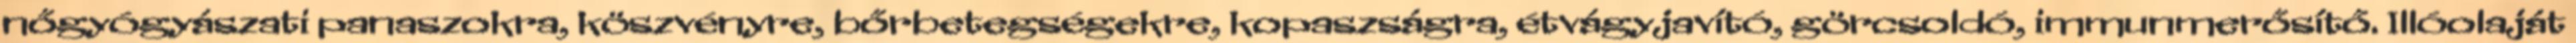
nőgyógyászati panaszokra, köszvényre, bőrbetegségekre, kopaszságra, étvágyjavító, görcsoldó, immunmerősítő. Illóolaját